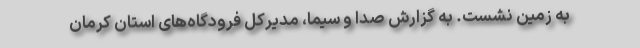
به زمین نشست. به گزارش صدا و سیما، مدیرکل فرودگاه‌های استان کرمان